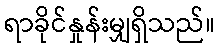
ရာခိုင်နှုန်းမျှရှိသည်။